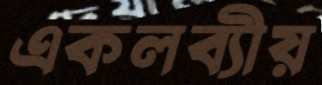
একলব্যীয়